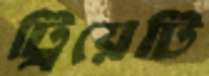
ট্রিয়েটি